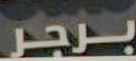
برجر